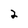
Character: 2